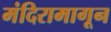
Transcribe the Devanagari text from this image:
मंदिरामागून